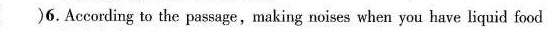
（）6.According to the passage,making noises when you have liquid food isn't bad manners in ——.